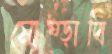
মোষ্‌ড়াবি